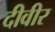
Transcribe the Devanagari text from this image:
दीवीर